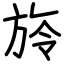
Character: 旍